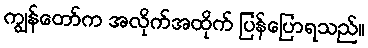
ကျွန်တော်က အလိုက်အထိုက် ပြန်ပြောရသည်။